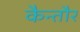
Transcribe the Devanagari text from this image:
कैन्तौर